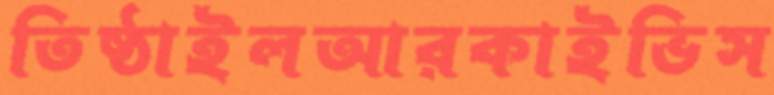
তিষ্ঠাইলআরকাইভিস